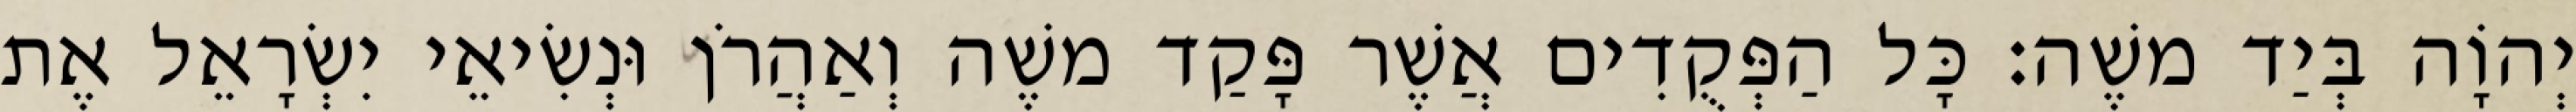
יְהוָֹה בְּיַד משֶׁה׃ כָּל הַפְּקֻדִים אֲשֶׁר פָּקַד משֶׁה וְאַהֲרֹן וּנְשִׂיאֵי יִשְׂרָאֵל אֶת